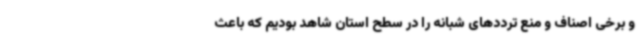
و برخی اصناف و منع ترددهای شبانه را در سطح استان شاهد بودیم که باعث